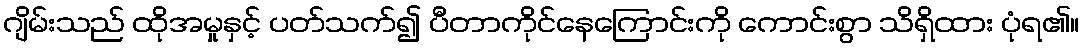
ဂျိမ်းသည် ထိုအမှုနှင့် ပတ်သက်၍ ပီတာကိုင်နေကြောင်းကို ကောင်းစွာ သိရှိထား ပုံရ၏။